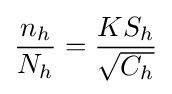
{\frac {n_{h}}{N_{h}}}={\frac {KS_{h}}{\sqrt {C_{h}}}}